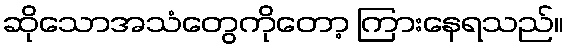
ဆိုသောအသံတွေကိုတော့ ကြားနေရသည်။